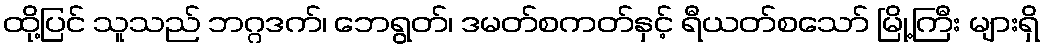
ထို့ပြင် သူသည် ဘဂ္ဂဒက်၊ ဘေရွတ်၊ ဒမတ်စကတ်နှင့် ရီယတ်စသော် မြို့ကြီး များရှိ